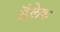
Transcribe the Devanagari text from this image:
अॅलेक